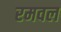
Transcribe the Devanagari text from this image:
रमवल